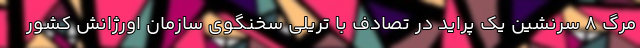
مرگ ۸ سرنشین یک پراید در تصادف با تریلی سخنگوی سازمان اورژانش کشور